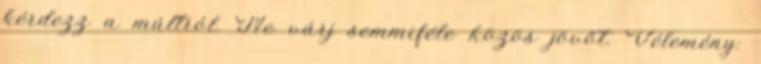
kérdezz a múltról. Ne várj semmiféle közös jövőt. Vélemény: